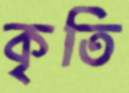
কৃতি